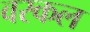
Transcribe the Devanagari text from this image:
वरकल